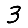
Digit: 3